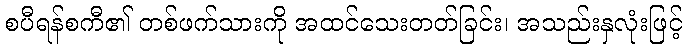
စပီရန်စကီ၏ တစ်ဖက်သားကို အထင်သေးတတ်ခြင်း၊ အသည်းနှလုံးဖြင့်